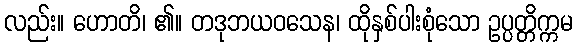
လည်း။ ဟောတိ၊ ၏။ တဒုဘယဝသေန၊ ထိုနှစ်ပါးစုံသော ဥပ္ပတ္တိက္ကမ